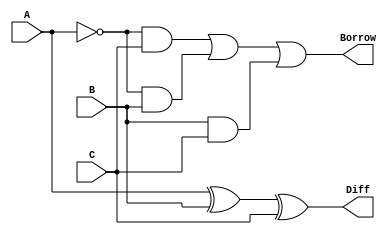
`timescale 1ns / 1ps
//////////////////////////////////////////////////////////////////////////////////

// Module Name: FS_SUB

//////////////////////////////////////////////////////////////////////////////////


module FS_SUB(
    input A,
    input B,
    input C,
    output Diff,
    output Borrow
    );
    
    assign Diff = (A ^ B) ^ C,
           Borrow  = (~A & C) | (~A & B) | (B & C);
endmodule